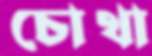
চোথা